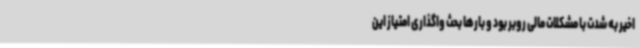
اخیر به شدت با مشکلات مالی روبر بود و بارها بحث واگذاری امتیاز این